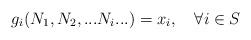
LaTeX: \begin{align*}g_{i}(N_{1},N_{2},...N_{i} ...)=x_{i}, \quad \forall i \in S\end{align*}